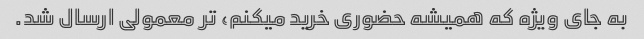
به جای ویژه که همیشه حضوری خرید میکنم، تر معمولی ارسال شد.